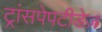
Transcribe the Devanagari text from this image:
ट्रांसपेपटीडेज़